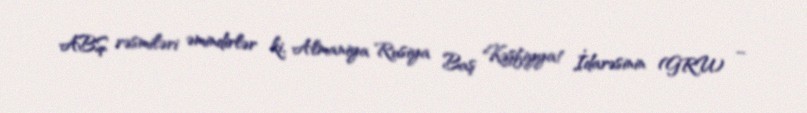
ABŞ rəsmiləri əmindirlər ki, Almaniya Rusiya Baş Kəşfiyyat İdarəsinin (GRU) –